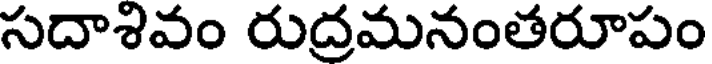
సదాశివం రుద్రమనంతరూపం